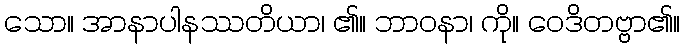
သော။ အာနာပါနဿတိယာ၊ ၏။ ဘာဝနာ၊ ကို။ ဝေဒိတဗ္ဗာ၏။